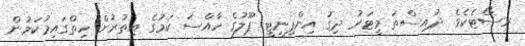
ރިސޯޓެކެވެ. ދުއިސްތަ މީޓަރު ދިގު އިންފިނިޓީ ޕޫލުގެ ހާއްސަ ކަމުގެ އިތުރުން ހިތްގައިމުކަމުން